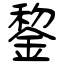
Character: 錅